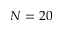
N = 2 0